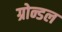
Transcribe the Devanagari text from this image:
ग्रोन्डल